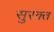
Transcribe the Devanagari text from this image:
सुरक्त